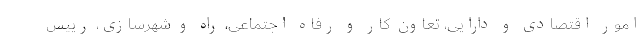
امور اقتصادی و دارایی، تعاون کار و رفاه اجتماعی، راه و شهرسازی، رییس